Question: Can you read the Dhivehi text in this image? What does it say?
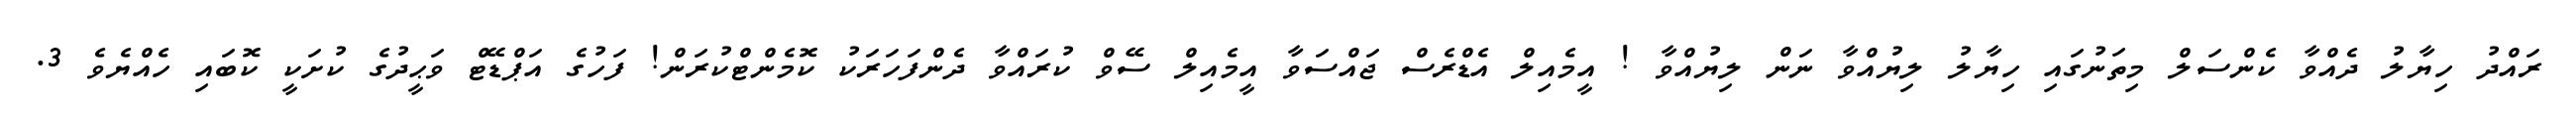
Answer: ރައްދު ހިޔާލު ދެއްވާ ކެންސަލް މިތަނުގައި ހިޔާލު ލިޔުއްވާ ނަން ލިޔުއްވާ ! އީމެއިލް އެޑްރެސް ޖައްސަވާ އީމެއިލް ސޭވް ކުރައްވާ ދެންފަހަރަކު ކޮމެންޓްކުރަން! ފަހުގެ އަޕްޑޭޓް ވަޙީދުގެ ކުށަކީ ކޮބައި ހެއްޔެވެ 3.